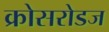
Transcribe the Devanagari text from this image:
क्रोसरोडज